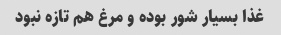
غذا بسیار شور بوده و مرغ هم تازه نبود